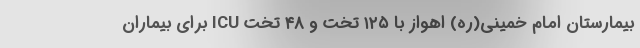
بیمارستان امام خمینی(ره) اهواز با ۱۲۵ تخت و ۴۸ تخت ICU برای بیماران